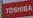
toshiba